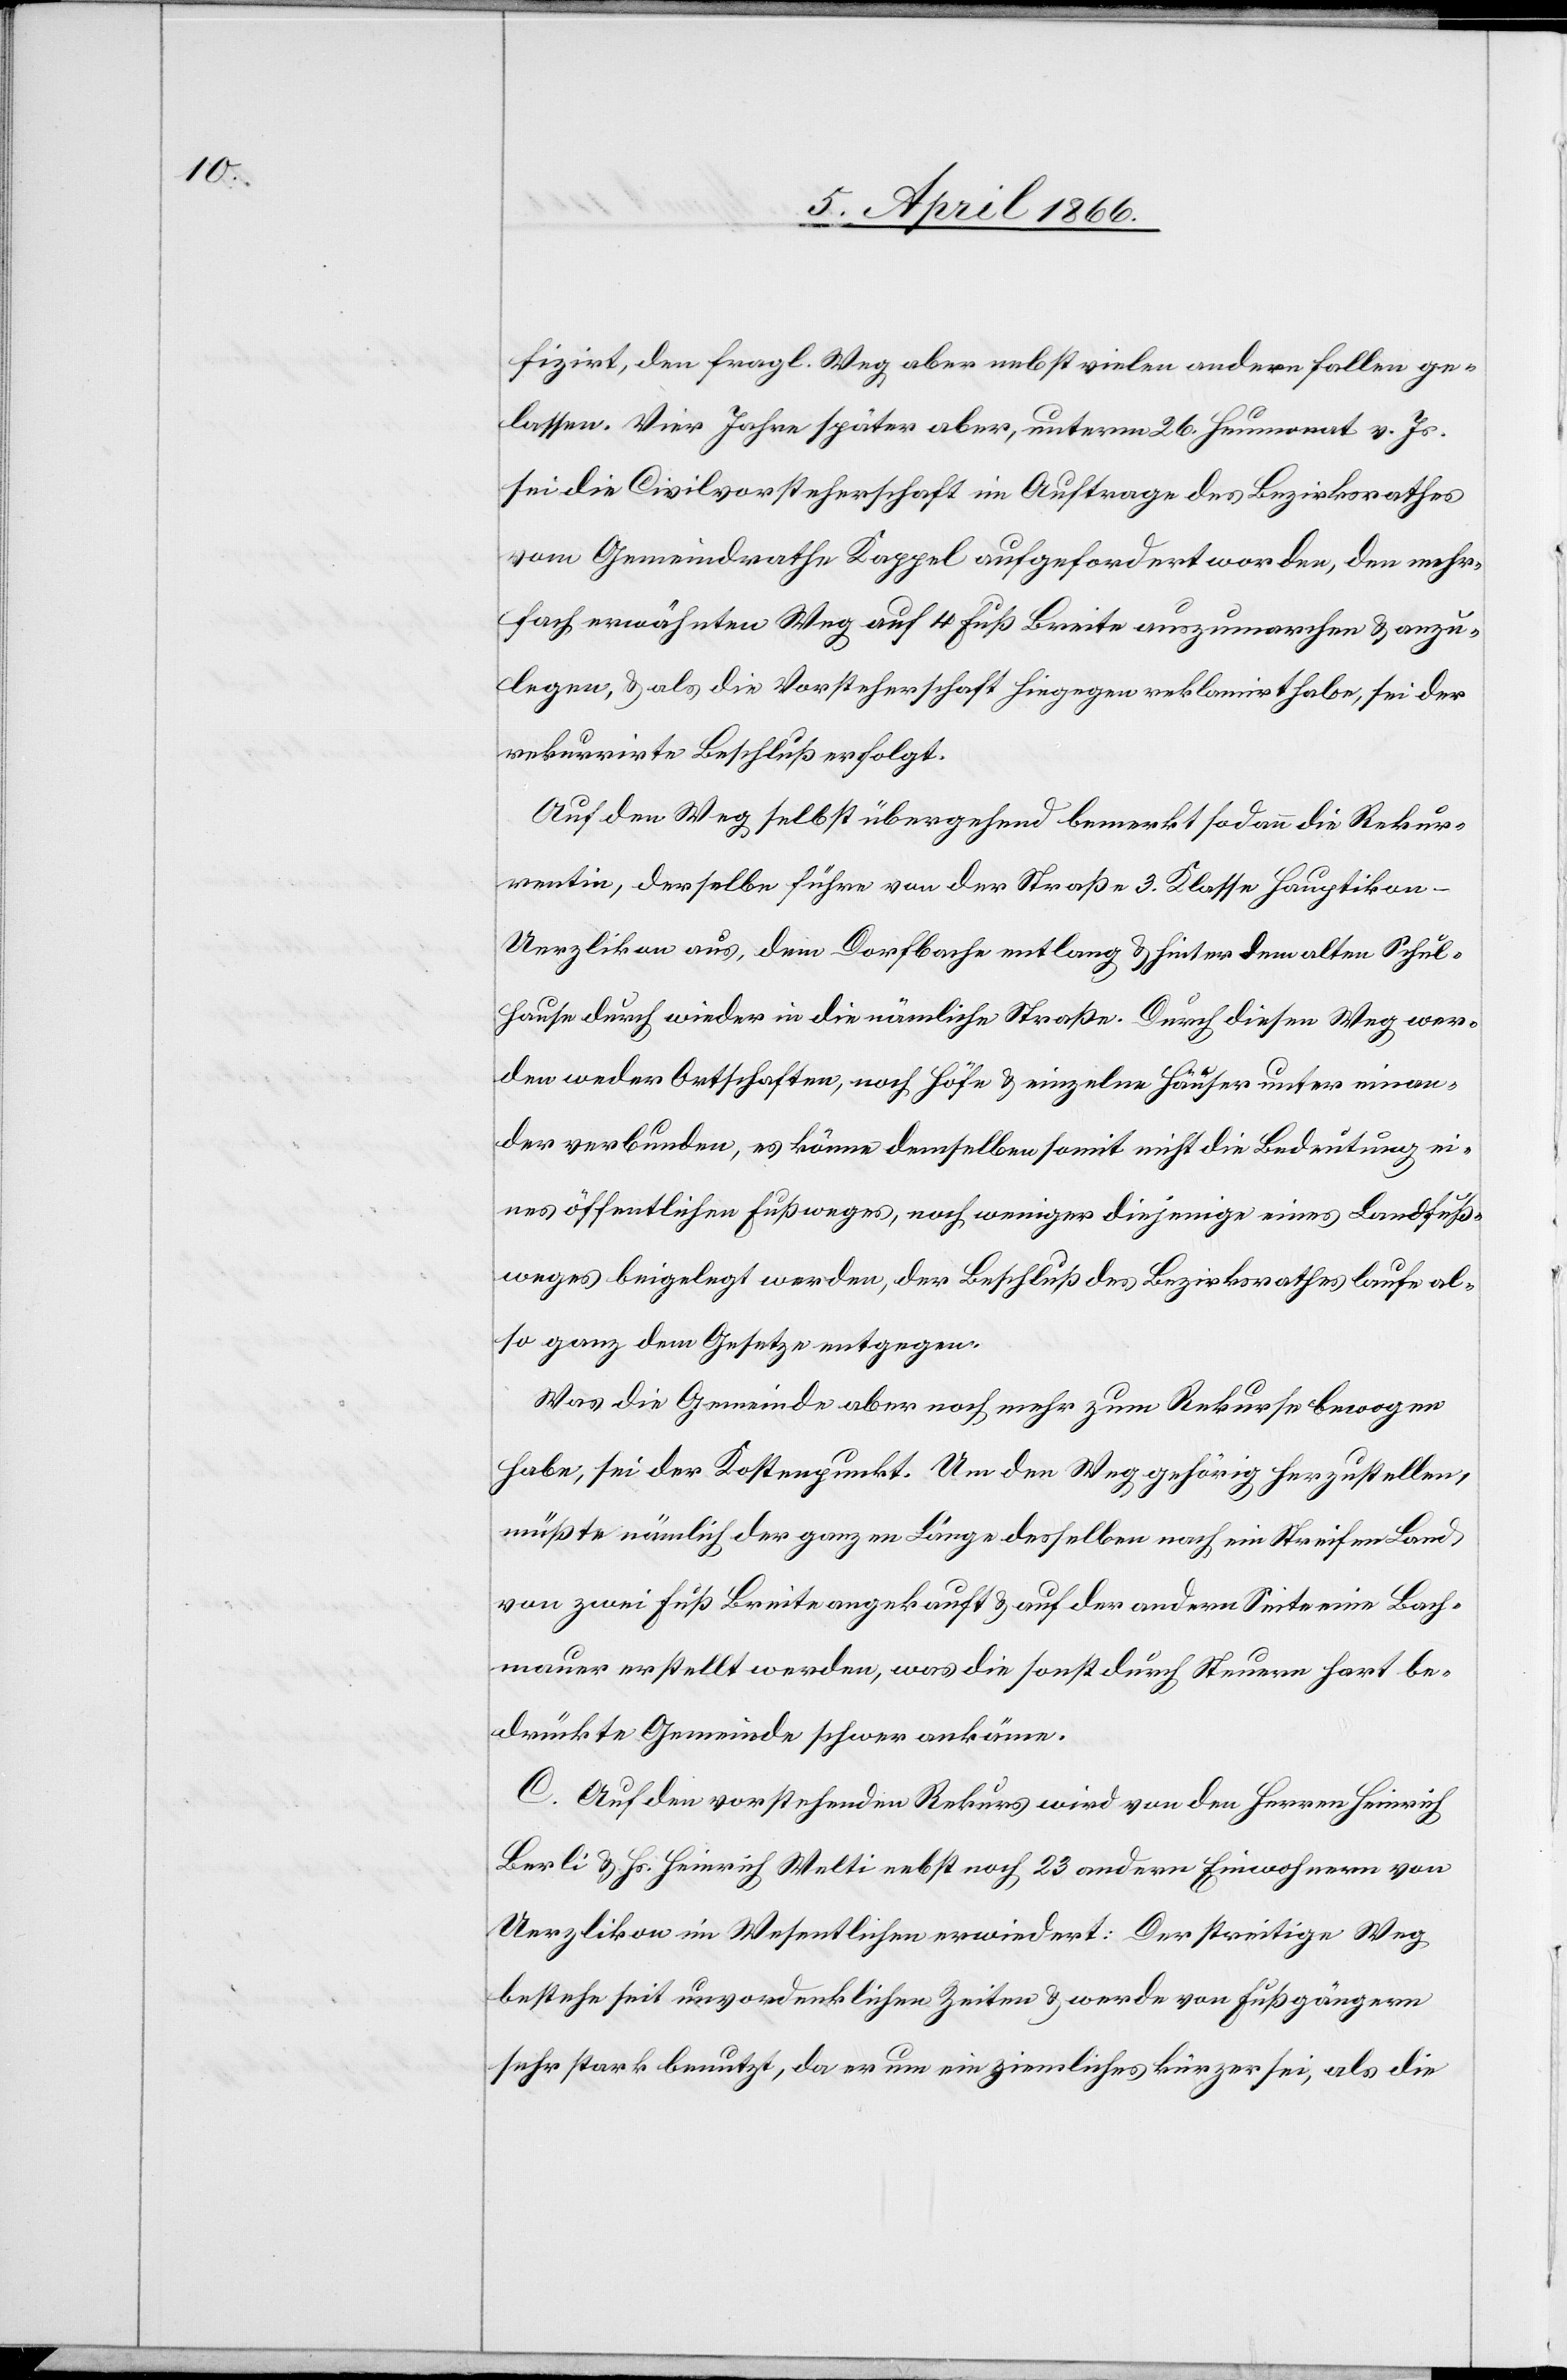
fizirt, den fragl. Weg aber nebst vielen andern fallen ge¬
lassen. Vier Jahre später aber, unterm 26. Heumonat v. Js.
sei die Civilvorsteherschaft im Auftrage des Bezirksrathes
vom Gemeindrathe Kappel aufgefordert worden, den mehr¬
fach erwähnten Weg auf 4 Fuß Breite auszumarchen u. anzu¬
legen, u. als die Vorsteherschaft hiegegen reklamirt habe, sei der
rekurrirte Beschluß erfolgt.
Auf den Weg selbst übergehend bemerkt sodann die Rekur¬
rentin, derselbe führe von der Straße 3. Klasse Hauptikon–U¬
erzlikon aus, dem Dorfbache entlang u. hinter dem alten Schul¬
hause durch wieder in die nämliche Straße. Durch diesen Weg wer¬
den weder Ortschaften, noch Höfe u. einzelne Häuser unter einan¬
der verbunden, es könne demselben somit nicht die Bedeutung ei¬
nes öffentlichen Fußweges, noch weniger diejenige eines Landfuß¬
weges beigelegt werden, der Beschluß des Bezirksrathes laufe al¬
so ganz dem Gesetze entgegen.
Was die Gemeinde aber noch mehr zum Rekurs bewogen
habe, sei der Kostenpunkt. Um den Weg gehörig herzustellen
müßte nämlich der ganzen Länge desselben nach ein Streifen Land
von zwei Fuß Breite angekauft u. auf der andern Seite eine Bach¬
mauer erstellt werden, was die sonst durch Steuern hart be¬
drückte Gemeinde schwer ankäme.
C. Auf den vorstehenden Rekurs wird von den Herrn Heinrich
Berli u. Hs. Heinrich Welti nebst noch 23 andern Einwohnern von
Uerzlikon im Wesentlichen erwiedert: Der streitige Weg
bestehe seit unvordenklichen Zeiten u. werde von Fußgängern
sehr stark benutzt, da er um ein ziemliches kürzer sei, als die